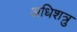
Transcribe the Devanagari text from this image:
अधिशत्रु